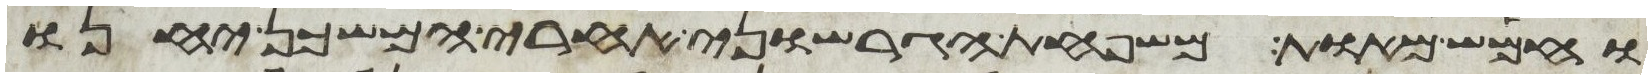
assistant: וחמש מאות משפחת הגרשוני אחרי המשכן יחנו